Report of the Imperial Institute of Veterinary Research, Muktesar
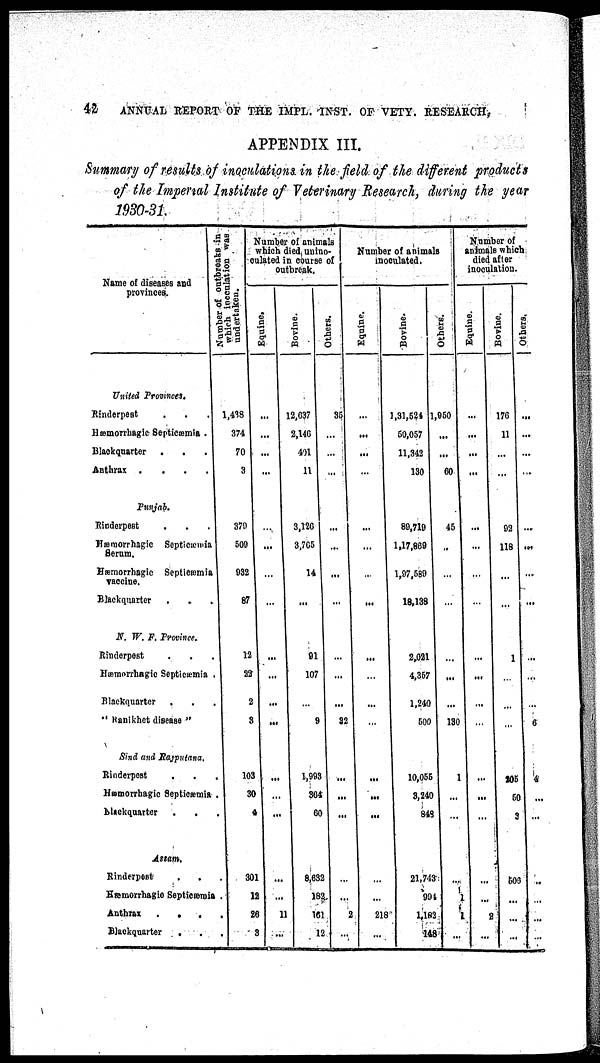
42
ANNUAL REPORT OF THE IMPL. INST. OF VETY. RESEARCH,
APPENDIX III.
Summary of results of inoculations in the field of the different products
of the Imperial Institute of Veterinary Research, during the year
1930-31.
Name of diseases and
provinces.
United Provinces.
Rinderpest
Hæmorrhagic Septicæmia .
Blackquarter
Anthrax
....
Punjab.
Rinderpest
Hæmorrhagic Septicæmia
Serum.
Hæmorrhagic Septicæmia
vaccine.
Blackquarter
N. W. F. Province.
Rinderpest
Hæmorrhagic Septicæmia
Blackquarter
" Ranikhet disease "
Sind and Rajputana.
Rinderpest
Hæmorrhagic Septicæmia
blackquarter
.
.
Assam.
Rinderpest
Hæmorrhagic Septicæmia
Anthrax
.
.
,
Blackquarter
.
Number of outbreaks in
which inoculation was
undertaken.
1,438
374
70
3
379
509
932
87
12
22
2
3
103
30
4
301
12
26
3
Number of animals
which died,unino¬
culated in course of
outbreak.
Equine.
...
...
...
...
...
...
...
...
...
...
...
...
...
...
...
11
...
Bovine.
12,637
2,146
401
11
3,126
3,765
14
...
91
107
9
1,993
364
60
8,632
182
161
12
Others.
35
...
...
...
...
..
...
32
...
...
...
...
...
2
...
Number of animals
inoculated.
Equine.
...
...
...
...
...
...
...
...
...
...
...
...
...
...
...
...
...
...
...
218
...
Bovine.
1,31,524
50,057
11,342
130
89,719
1,17,869
1,97,589
18,138
2,021
4,357
1,240
500
10,055
3,240
848
21,743
994
1,183
148
Others.
1,950
...
...
60
45
...
...
...
...
...
...
...
130
1
...
...
...
1
1
...
Number of
animals which
died after
inoculation.
Equine.
...
...
...
...
...
...
...
...
...
...
2
...
Bovine.
176
11
...
...
92
118
...
...
1
205
50
3
503
...
...
Others.
...
...
...
...
...
...
...
...
...
6
4
...
...
...
...
...